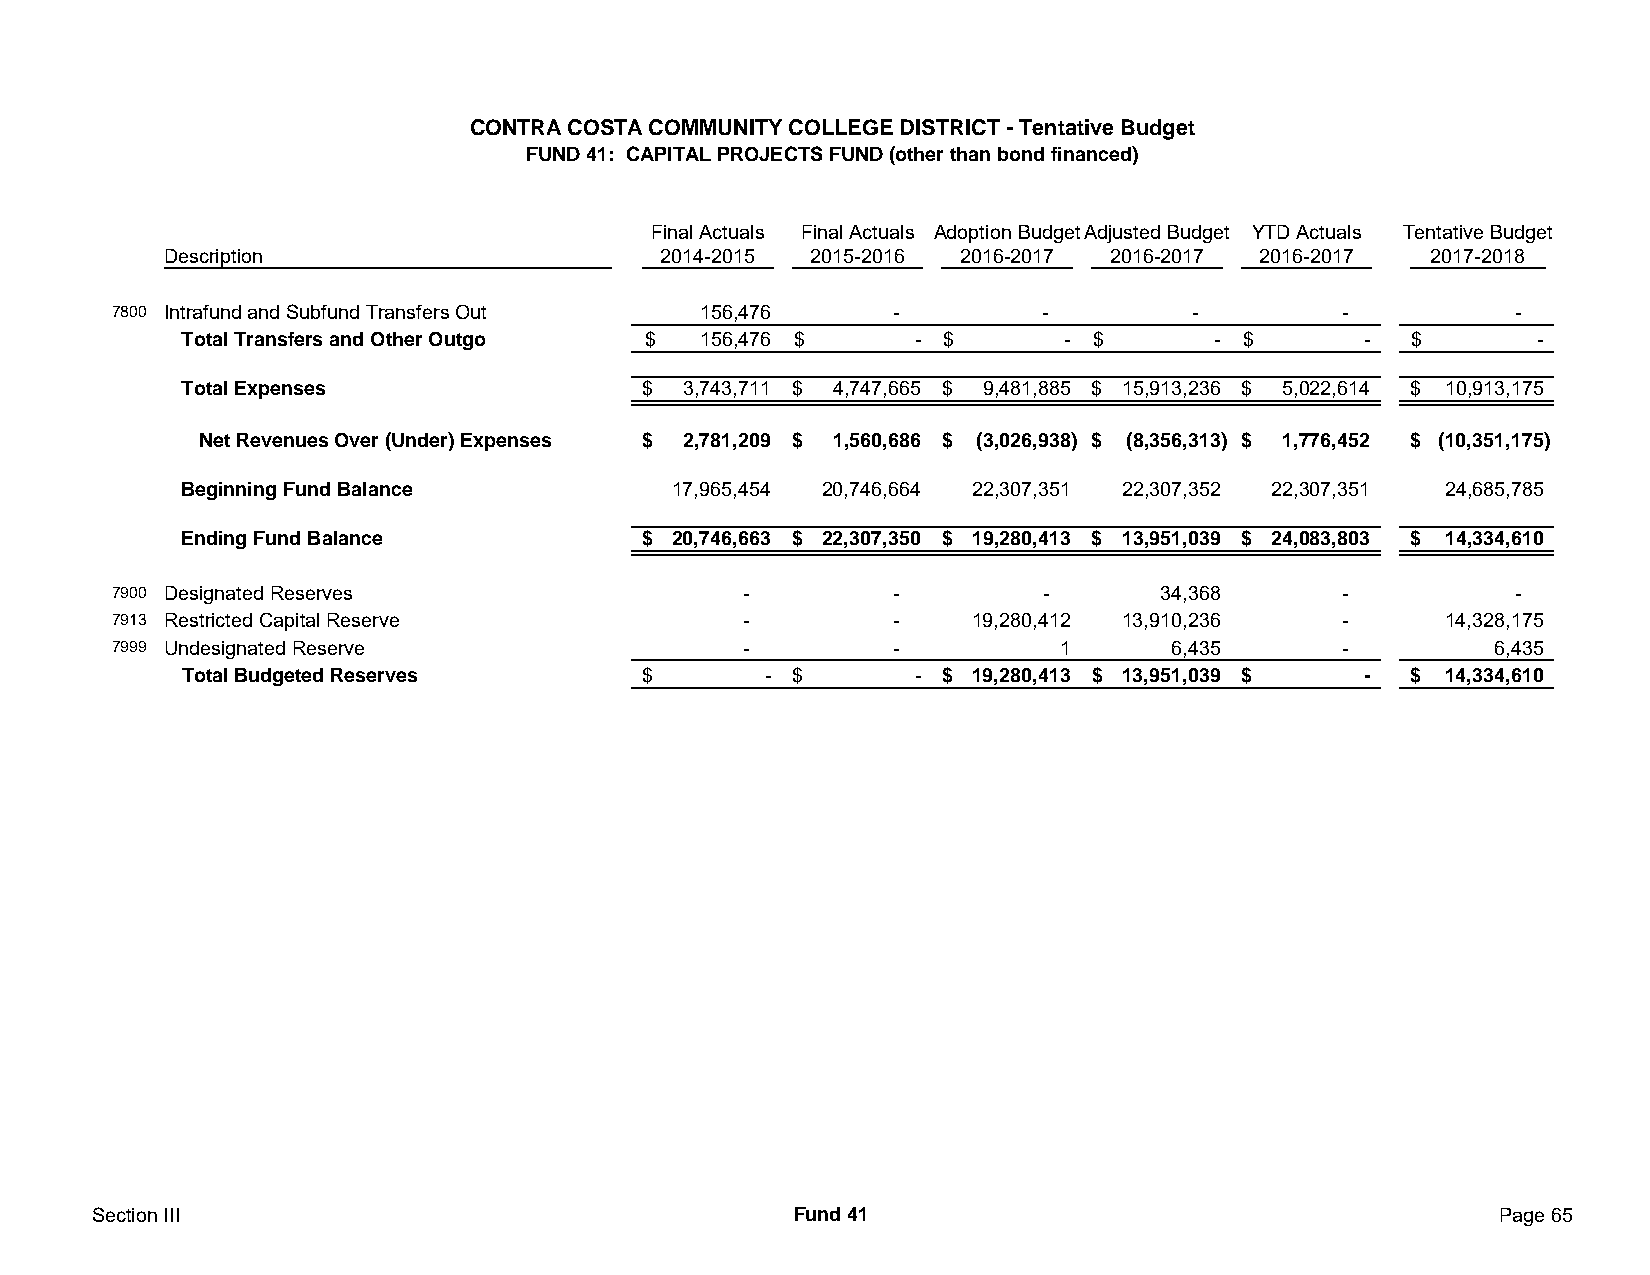
CONTRA COSTA COMMUNITY COLLEGE DISTRICT - Tentative Budget
 FUND 41: CAPITAL PROJECTS FUND (other than bond financed)
 Final Actuals Final Actuals Adoption BudgetAdjusted Budget YTD Actuals Tentative Budget
 Description                     2014-2015 2015-2016 2016-2017 2016-2017 2016-2017  2017-2018
 7800 Intrafund and Subfund Transfers Out 156,476    -         -         -         -          -
 Total Transfers and Other Outgo $ 156,476 $     - $       - $       - $       -  $       -
 Total Expenses                $  3,743,711 $ 4,747,665 $ 9,481,885 $ 15,913,236 $ 5,022,614 $ 10,913,175
 Net Revenues Over (Under) Expenses $ 2,781,209 $ 1,560,686 $ (3,026,938) $ (8,356,313) $ 1,776,452 $ (10,351,175)
 Beginning Fund Balance          17,965,454 20,746,664 22,307,351 22,307,352 22,307,351 24,685,785
 Ending Fund Balance           $ 20,746,663 $ 22,307,350 $ 19,280,413 $ 13,951,039 $ 24,083,803 $ 14,334,610
 7900 Designated Reserves                  -         -         -      34,368       -          -
 7913 Restricted Capital Reserve           -         -    19,280,412 13,910,236    -     14,328,175
 7999 Undesignated Reserve                 -         -          1      6,435       -         6,435
 Total Budgeted Reserves       $       - $       - $ 19,280,413 $ 13,951,039 $ -  $ 14,334,610
 Section III                                   Fund 41                                        Page 65